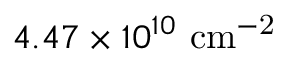
4 . 4 7 \times 1 0 ^ { 1 0 } ~ \mathrm { { c m } ^ { - 2 } }